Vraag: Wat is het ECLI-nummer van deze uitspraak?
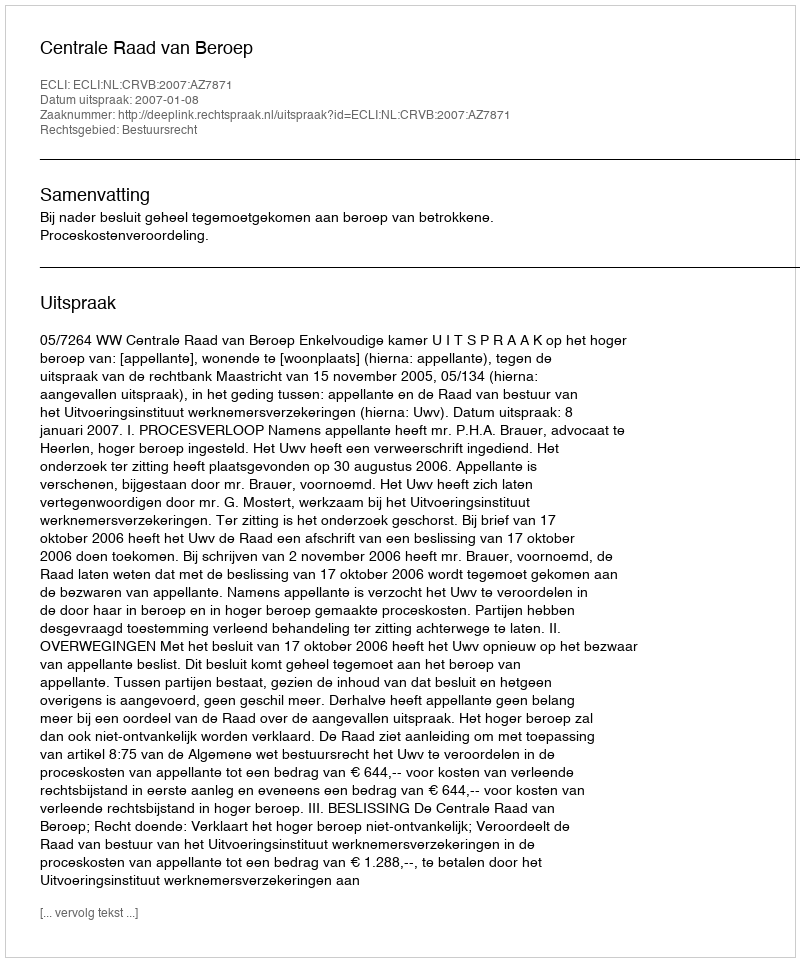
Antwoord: ECLI:NL:CRVB:2007:AZ7871